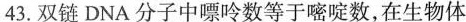
43.双链DNA分子中嘌呤数等于嘧啶数，在生物体